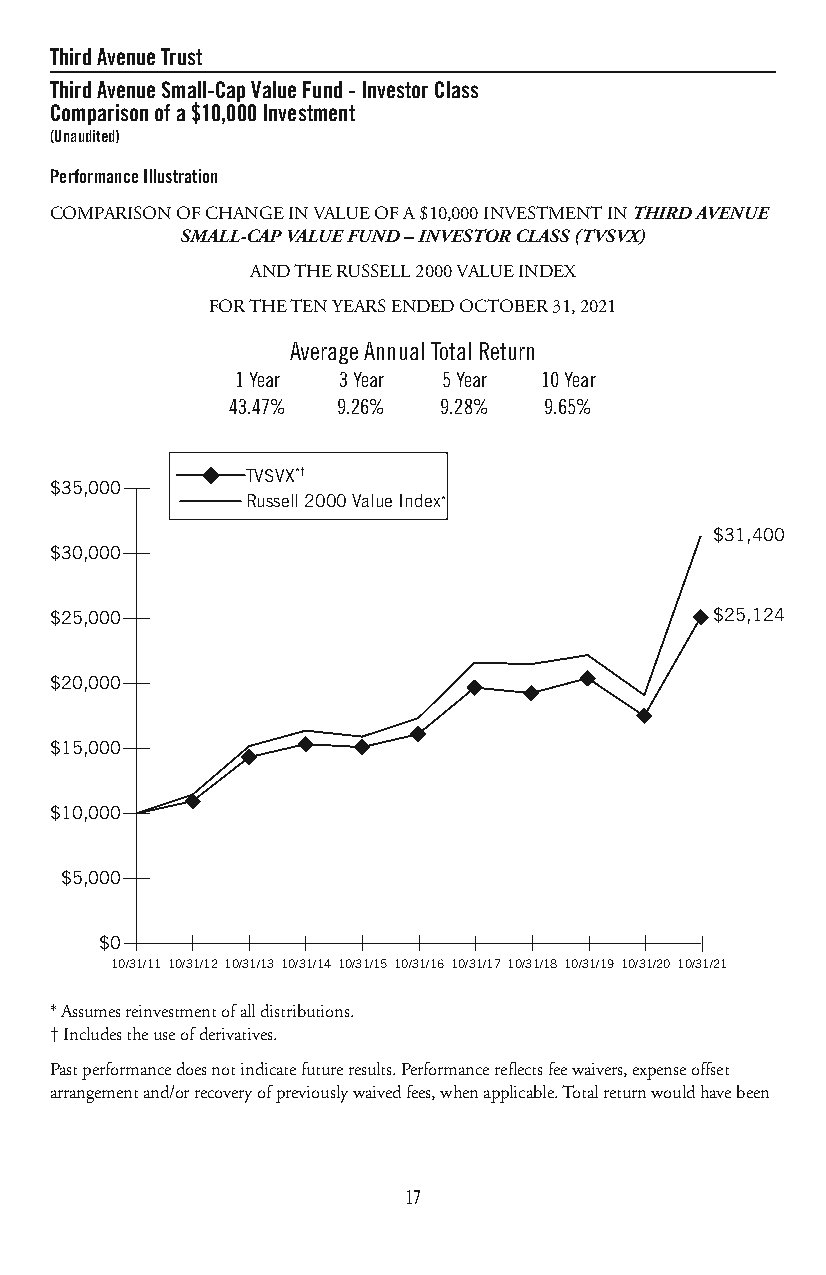
ThirdAvenueTrust
 ThirdAvenueSmall-CapValueFund-InvestorClass
 Comparisonofa$10,000Investment
 (Unaudited)
 PerformanceIllustration
 COMPARISONOFCHANGEINVALUEOFA$10,000INVESTMENTINTHIRDAVENUE
 SMALL-CAPVALUEFUND–INVESTORCLASS(TVSVX)
 ANDTHERUSSELL2000VALUEINDEX
 FORTHETENYEARSENDEDOCTOBER31,2021
 AverageAnnualTotalReturn
 1Year 3Year  5Year  10Year
 43.47% 9.26%  9.28%  9.65%
 TVSVX*†
 $35,000
 Russell 2000 Value Index*
 $31,400
 $30,000
 $25,000                                     $25,124
 $20,000
 $15,000
 $10,000
 $5,000
 $0
 10/31/11 10/31/12 10/31/13 10/31/14 10/31/15 10/31/16 10/31/17 10/31/18 10/31/19 10/31/20 10/31/21
 *Assumesreinvestmentofalldistributions.
 †Includestheuseofderivatives.
 Pastperformancedoesnotindicatefutureresults.Performancereflectsfeewaivers,expenseoffset
 arrangementand/orrecoveryofpreviouslywaivedfees,whenapplicable.Totalreturnwouldhavebeen
 17